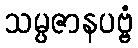
သမ္ပဇာနပဗ္ဗံ